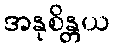
အနုစိန္တယ